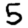
Digit: 5